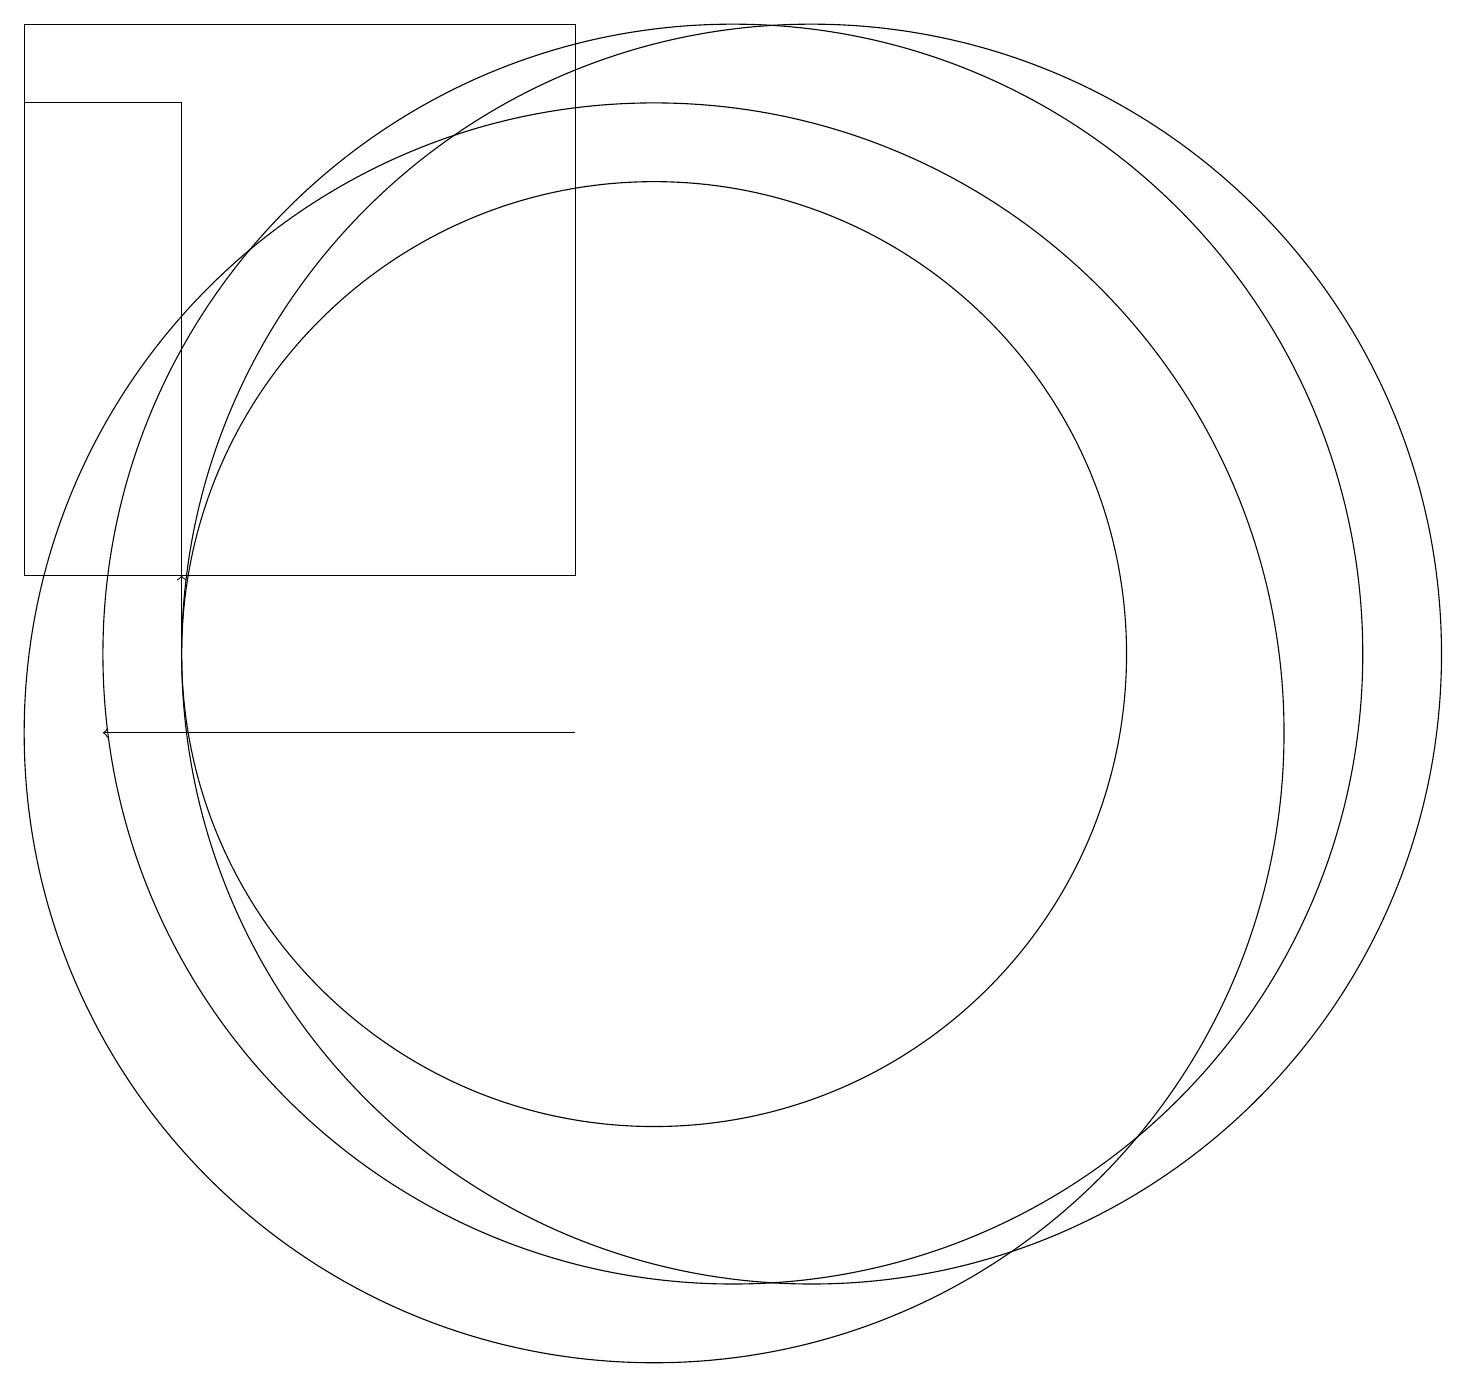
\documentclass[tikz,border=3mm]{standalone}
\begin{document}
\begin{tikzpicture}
\draw (9,19) rectangle (2,12);
\draw (10,10) circle (8);
\draw (4,18) rectangle (2,12);
\draw (10,11) circle (6);
\draw[->] (9,10) -- (3,10);
\draw[->] (4,11) -- (4,12);
\draw (12,11) circle (8);
\draw (11,11) circle (8);
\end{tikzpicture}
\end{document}